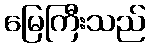
မြေကြီးသည်